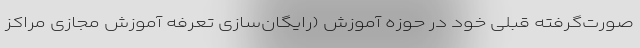
صورت‌گرفته قبلی خود در حوزه آموزش (رایگان‌سازی تعرفه آموزش مجازی مراکز